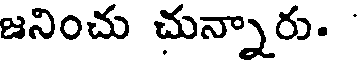
జనించు చున్నారు.